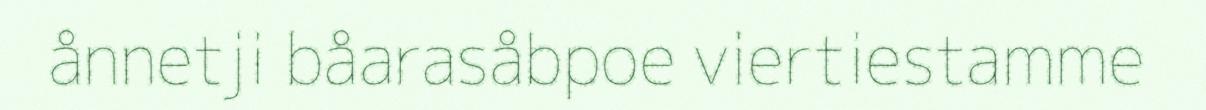
ånnetji båarasåbpoe viertiestamme